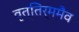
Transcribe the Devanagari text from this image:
वृत्तिर्ममैव